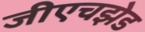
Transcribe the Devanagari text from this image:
जीएचझेड